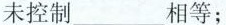
未控制___相等；